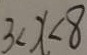
3 < x < 8